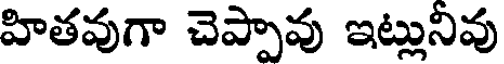
హితవుగా చెప్పావు ఇట్లునివు